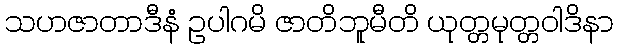
သဟဇာတာဒီနံ ဥပါဂမိ ဇာတိဘူမီတိ ယုတ္တမုတ္တဝါဒိနာ